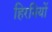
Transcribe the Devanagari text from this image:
हिरनियों